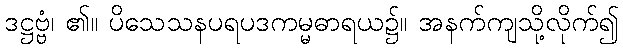
ဒဋ္ဌဗ္ဗံ၊ ၏။ ပိသေသနပရပဒကမ္မဓာရယ၌။ အနက်ကျသို့လိုက်၍